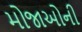
મોજાઓની